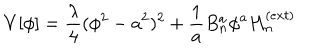
LaTeX: V [ \phi ] = \frac { \lambda } { 4 } ( \phi ^ { 2 } - a ^ { 2 } ) ^ { 2 } + \frac { 1 } { a } B _ { n } ^ { a } \phi ^ { a } H _ { n } ^ { ( e x t ) }